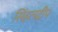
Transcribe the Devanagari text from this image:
सिंहलद्रीप